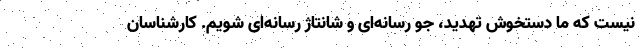
نیست که ما دستخوش تهدید، جو رسانه‌ای و شانتاژ رسانه‌ای شویم. کارشناسان